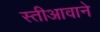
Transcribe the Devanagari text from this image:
स्तीआवाने